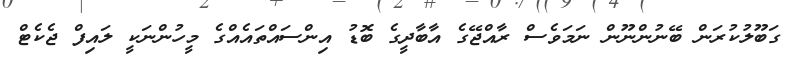
ގަބޫލުކުރަން ބޭނުންނޫން ނަމަވެސް ރާއްޖޭގެ އާބާދީގެ ބޮޑު އިންސައްތައެއްގެ މީހުންނަކީ ލައިފް ޖެކެޓް